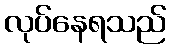
လုပ်နေရသည်